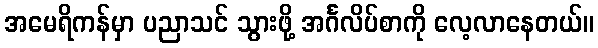
အမေရိကန်မှာ ပညာသင် သွားဖို့ အင်္ဂလိပ်စာကို လေ့လာနေတယ်။